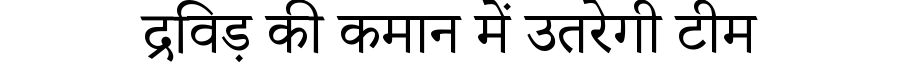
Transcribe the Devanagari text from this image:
द्रविड़ की कमान में उतरेगी टीम